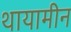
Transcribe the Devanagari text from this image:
थायामीन